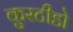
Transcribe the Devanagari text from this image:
कुरटीडो